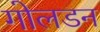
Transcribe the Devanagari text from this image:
गोलडन